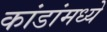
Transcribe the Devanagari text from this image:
कांडांमध्ये